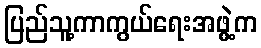
ပြည်သူ့ကာကွယ်ရေးအဖွဲ့က